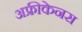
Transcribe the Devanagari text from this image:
अफ्रीकेनस